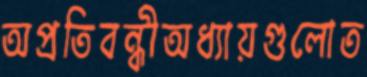
অপ্রতিবন্ধীঅধ্যায়গুলোত